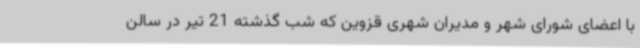
با اعضای شورای شهر و مدیران شهری قزوین که شب گذشته 21 تیر در سالن